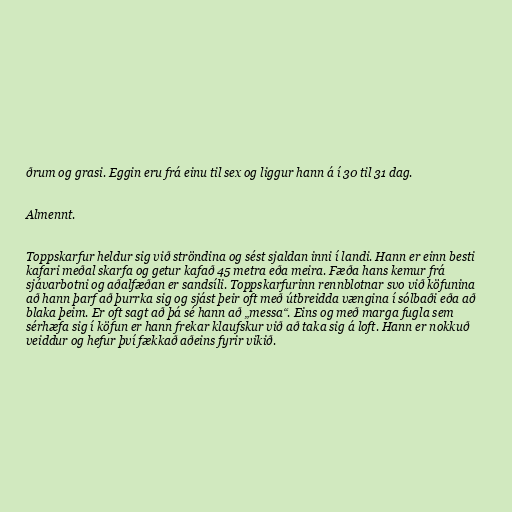
ðrum og grasi. Eggin eru frá einu til sex og liggur hann á í 30 til 31 dag.

Almennt.

Toppskarfur heldur sig við ströndina og sést sjaldan inni í landi. Hann er einn besti
kafari meðal skarfa og getur kafað 45 metra eða meira. Fæða hans kemur frá
sjávarbotni og aðalfæðan er sandsíli. Toppskarfurinn rennblotnar svo við köfunina
að hann þarf að þurrka sig og sjást þeir oft með útbreidda vængina í sólbaði eða að
blaka þeim. Er oft sagt að þá sé hann að „messa“. Eins og með marga fugla sem
sérhæfa sig í köfun er hann frekar klaufskur við að taka sig á loft. Hann er nokkuð
veiddur og hefur því fækkað aðeins fyrir vikið.